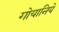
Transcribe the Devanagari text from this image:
गोयानिये